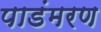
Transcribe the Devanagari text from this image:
पाडंमरण